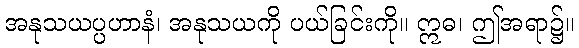
အနုသယပ္ပဟာနံ၊ အနုသယကို ပယ်ခြင်းကို။ ဣဓ၊ ဤအရာ၌။